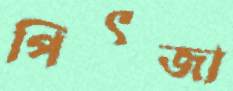
পিৎজা